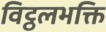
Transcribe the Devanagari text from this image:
विट्ठलभक्ति